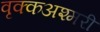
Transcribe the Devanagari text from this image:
वृक्कअश्मरी